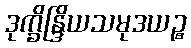
ဒုက္ခိန္ဒြိယသမုဒယဉ္စ